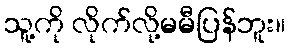
သူ့ကို လိုက်လို့မမီပြန်ဘူး။